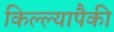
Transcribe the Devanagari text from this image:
किल्ल्यापैकी